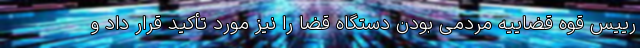
رییس قوه قضاییه مردمی بودن دستگاه قضا را نیز مورد تأکید قرار داد و